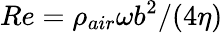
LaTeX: Re=\rho_{air}\omega b^{2}/(4\eta)